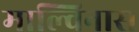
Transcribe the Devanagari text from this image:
माल्विनास